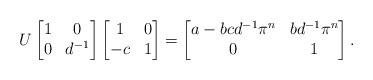
LaTeX: \begin{align*} U \begin{bmatrix} 1 & 0 \\ 0 & d^{-1} \end{bmatrix} \begin{bmatrix} 1 & 0 \\ -c & 1 \end{bmatrix} = \begin{bmatrix} a - bcd^{-1}\pi^n & bd^{-1} \pi^n \\ 0 & 1 \end{bmatrix}. \end{align*}